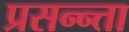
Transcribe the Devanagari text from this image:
प्रसन्न्ता